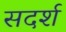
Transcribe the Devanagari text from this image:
सदर्श